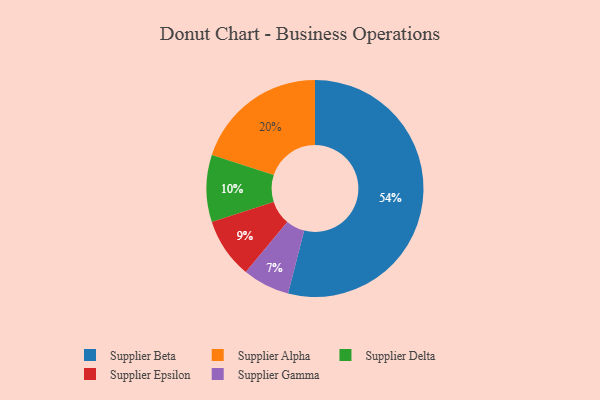
{"axis": {"x": "Category", "y": "Percentage"}, "legend": ["Supplier Alpha", "Supplier Beta", "Supplier Delta", "Supplier Epsilon", "Supplier Gamma"], "data": [{"x": "Supplier Gamma", "y": 7, "type": "Supplier Gamma"}, {"x": "Supplier Alpha", "y": 20, "type": "Supplier Alpha"}, {"x": "Supplier Beta", "y": 54, "type": "Supplier Beta"}, {"x": "Supplier Delta", "y": 10, "type": "Supplier Delta"}, {"x": "Supplier Epsilon", "y": 9, "type": "Supplier Epsilon"}]}